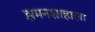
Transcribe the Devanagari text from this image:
झमनशाहाला